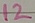
Text: 12